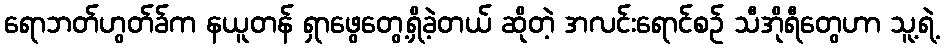
ရောဘတ်ဟွတ်ခ်က နယူတန် ရှာဖွေတွေ့ရှိခဲ့တယ် ဆိုတဲ့ အလင်းရောင်စဉ် သီအိုရီတွေဟာ သူ့ရဲ့